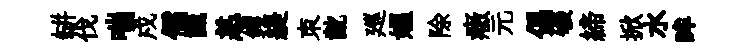
缾伐喘戍儒識恙钁緹朿齔廵媪除癥元倡碾締掀水眸